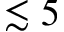
\lesssim 5